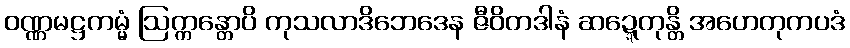
ဝဏ္ဏမဋ္ဌကမ္မံ ဩက္ကန္တောပိ ကုသလာဒိဘေဒေန ဇီဝိတဒါနံ ဆဍ္ဍေတုန္တိ အဟေတုကပဒံ